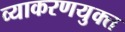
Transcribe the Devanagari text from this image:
व्याकरणयुक्त